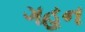
ગહન